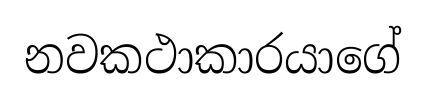
නවකථාකාරයාගේ